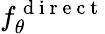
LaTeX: f_{\theta}^{\mathrm{~d~i~r~e~c~t~}}